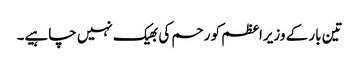
تین بار کے وزیراعظم کو رحم کی بھیک نہیں چاہیے۔